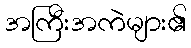
အကြီးအကဲများ၏